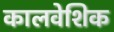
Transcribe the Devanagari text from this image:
कालवेशिक